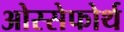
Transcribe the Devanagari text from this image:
ओस्सेफोर्थ